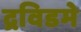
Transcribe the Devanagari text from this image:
द्रविडमे